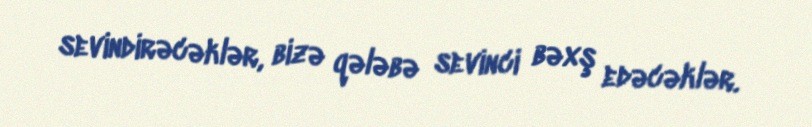
sevindirəcəklər, bizə qələbə sevinci bəxş edəcəklər.